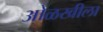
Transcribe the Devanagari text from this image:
ओळखीला